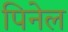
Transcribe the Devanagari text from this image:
पिनेल